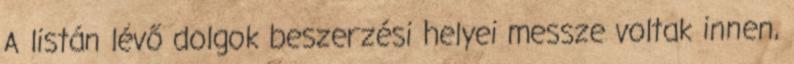
A listán lévő dolgok beszerzési helyei messze voltak innen,